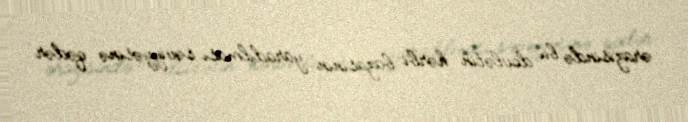
ərazisində bu dövlətin hərbi bazasının yaradılması səviyyəsinə qədər